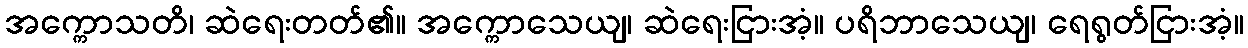
အက္ကောသတိ၊ ဆဲရေးတတ်၏။ အက္ကောသေယျ၊ ဆဲရေးငြားအံ့။ ပရိဘာသေယျ၊ ရေရွတ်ငြားအံ့။